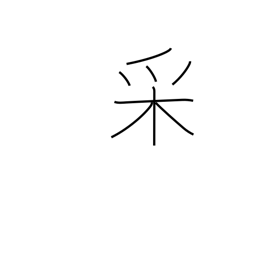
Meaning: appearance